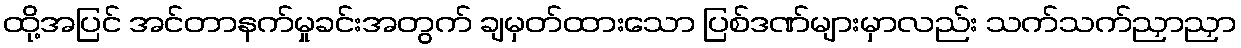
ထို့အပြင် အင်တာနက်မှုခင်းအတွက် ချမှတ်ထားသော ပြစ်ဒဏ်များမှာလည်း သက်သက်ညှာညှာ